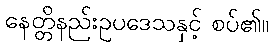
နေတ္တိနည်းဥပဒေသနှင့် စပ်၏။